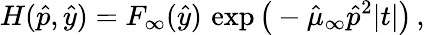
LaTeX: H(\hat{p},\hat{y})=F_{\infty}(\hat{y})\, \exp\big(-\hat{\mu}_{\infty}\hat{p}^{2}|t|\big)\, ,